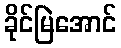
ခိုင်မြဲအောင်